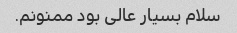
سلام بسیار عالی بود ممنونم.